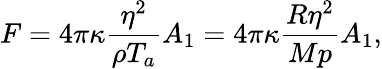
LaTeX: F=4\pi\kappa\frac{\eta^{2}}{\rho T_{a}}A_{1}=4\pi\kappa\frac{R\eta^{2}}{Mp}A_{1},